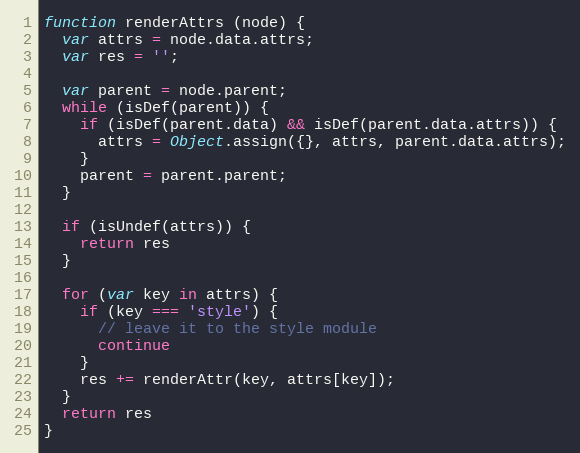
Language: JavaScript
function renderAttrs (node) {
  var attrs = node.data.attrs;
  var res = '';

  var parent = node.parent;
  while (isDef(parent)) {
    if (isDef(parent.data) && isDef(parent.data.attrs)) {
      attrs = Object.assign({}, attrs, parent.data.attrs);
    }
    parent = parent.parent;
  }

  if (isUndef(attrs)) {
    return res
  }

  for (var key in attrs) {
    if (key === 'style') {
      // leave it to the style module
      continue
    }
    res += renderAttr(key, attrs[key]);
  }
  return res
}